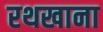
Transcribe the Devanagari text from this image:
रथखाना